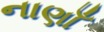
નાણાઁ